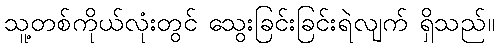
သူ့တစ်ကိုယ်လုံးတွင် သွေးခြင်းခြင်းရဲလျက် ရှိသည်။